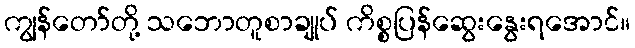
ကျွန်တော်တို့ သဘောတူစာချုပ် ကိစ္စပြန်ဆွေးနွေးရအောင်။